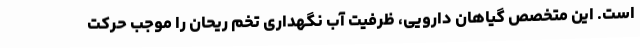
است. این متخصص گیاهان دارویی، ظرفیت آب نگهداری تخم ریحان را موجب حرکت